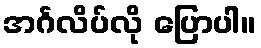
အင်္ဂလိပ်လို ပြောပါ။